Lunatic asylums United Provinces 1899-1908 - 1899-1908
Year: 1899
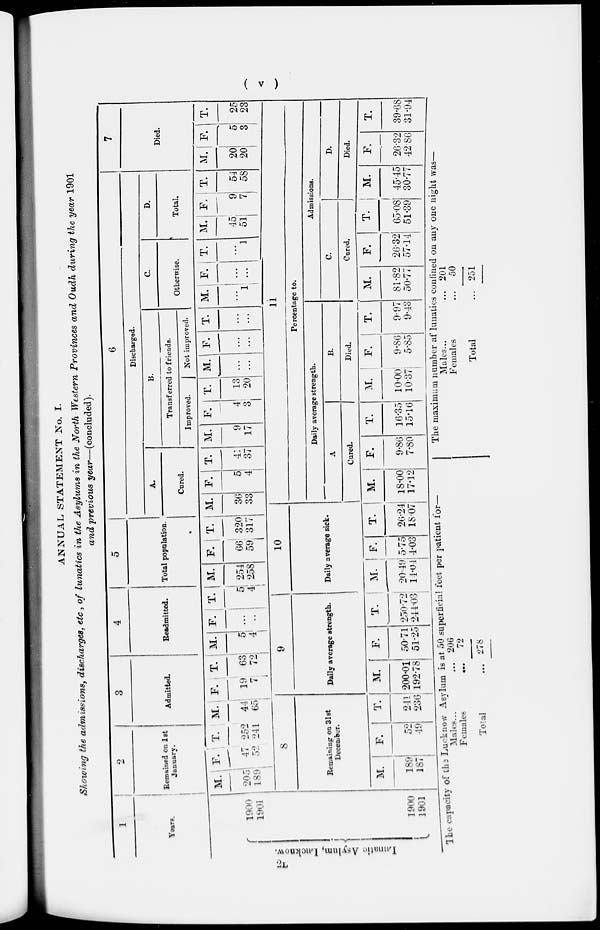
( v )
ANNUAL STATEMENT No. I.
Showing the admissions, discharges, etc., of lunatics in the Asylums in the North-Western
Provinces and Oudh during the year 1901
and previous
year—(concluded).
1
Years.
Lunatic Asylum, Lucknow.
2L
1900
1901
1900
1901
2
Remained on 1st
January.
M.
205
189
F.
47
52
T.
252
241
3
Admitted.
M.
44
65
8
Remaining on 31st
December.
M.
189
187
F.
52
49
T.
241
236
F.
19
7
T.
63
72
4
Readmitted.
M.
5
4
F.
...
..
T.
5
4
9
Daily average strength.
M.
200.01
192.78
F.
50.71
51.25
T.
250.72
244.03
5
Total population.
M.
254
258
F.
66
59
T.
320
317
6
Discharged.
A.
Cured.
M.
36
33
10
Daily average sick.
M.
20.49
14.04
F.
5.75
4.03
T.
26.24
18.07
F.
5
4
T.
41
37
B.
Transferred to friends.
Improved.
M.
9
17
F.
4
3
T.
13
20
Not improved.
M.
...
...
F.
...
...
T.
...
...
C.
Otherwise.
M.
...
1
F.
...
...
T.
...
1
D.
Total.
M.
45
51
F.
9
7
T.
54
58
7
Died.
M.
20
20
F.
5
3
T.
25
23
11
Percentage to.
Daily average strength.
A
Cured.
M.
18.00
17.12
F.
9.86
7.80
T.
16.35
15.16
B.
Died.
M.
10.00
10.37
F.
9.86
5.85
T.
9.97
9.43
Admissions.
C.
Cured.
M.
81.82
50.77
F.
26.32
57.14
T.
65.08
51.39
D.
Died.
M.
45.45
30.77
F.
26.32
42.86
T.
39.68
31.94
The capacity of the Lucknow Asylum is at 50 superficial feet per patient for—
Males... ...
Females
...
Total ...
206
72
278
The maximum number of lunatics confined on any one night was—
Males... ...
Females ...
Total ...
201
50
251